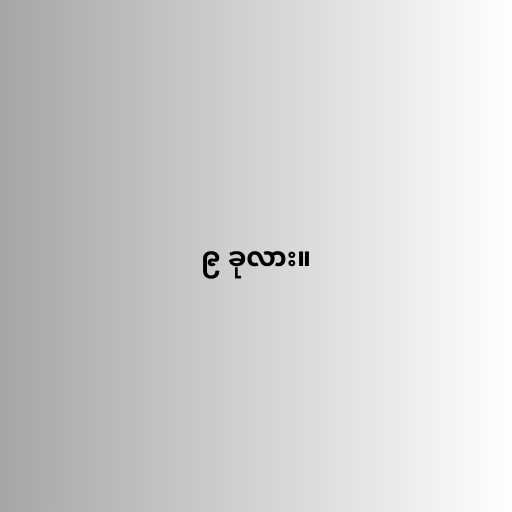
၉ ခုလား။